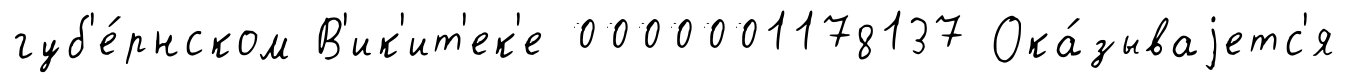
губ'е́рнском В'ик'ит'ек'е 0000001178137 Ока́зываjетс'я